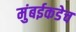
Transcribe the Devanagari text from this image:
मुंबईकडेच